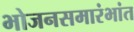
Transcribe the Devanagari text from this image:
भोजनसमारंभांत